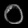
Digit: ၀